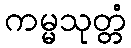
ကမ္မသုတ္တံ